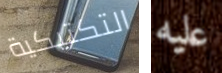
التكتيكية عليه